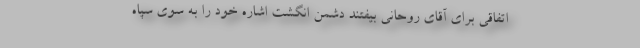
اتفاقی برای آقای روحانی بیفتند دشمن انگشت اشاره خود را به سوی سپاه